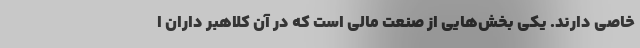
خاصی دارند. یکی بخش‌هایی از صنعت مالی است که در آن کلاهبر داران ا